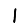
Digit: 1